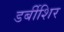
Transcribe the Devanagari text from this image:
डर्बीशिर